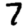
Digit: 7